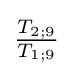
{\tfrac {T_{2;9}}{T_{1;9}}}